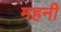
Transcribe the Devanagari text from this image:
महनी